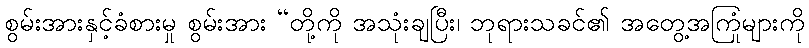
စွမ်းအားနှင့်ခံစားမှု စွမ်းအား “တို့ကို အသုံးချပြီး၊ ဘုရားသခင်၏ အတွေ့အကြုံများကို